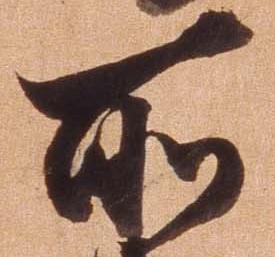
所